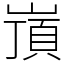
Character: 嵿